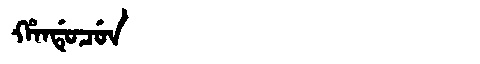
Manchu: ᡥᠠᠨᡩᡠᠴᡠᠨ
Romanization: HANDUCUN